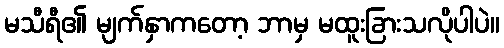
မသီရီ၏ မျက်နှာကတော့ ဘာမှ မထူးခြားသလိုပါပဲ။